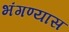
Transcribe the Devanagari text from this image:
भंगण्यास